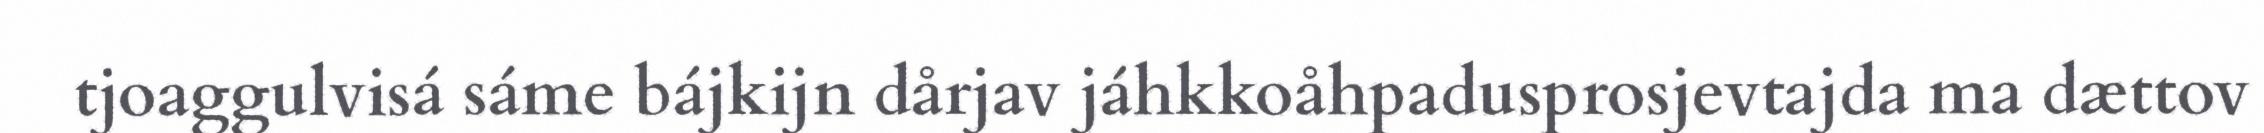
tjoaggulvisá sáme bájkijn dårjav jáhkkoåhpadusprosjevtajda ma dættov